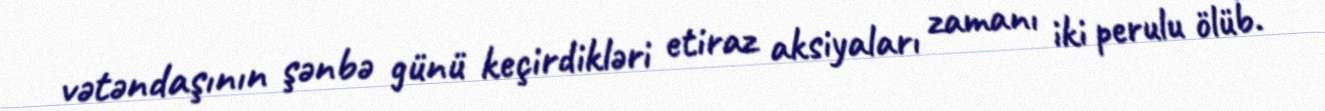
vətəndaşının şənbə günü keçirdikləri etiraz aksiyaları zamanı iki perulu ölüb.